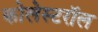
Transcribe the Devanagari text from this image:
कोलेस्टरॉल